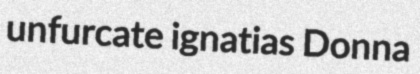
unfurcate ignatias Donna